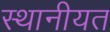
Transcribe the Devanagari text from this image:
स्थानीयत